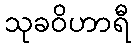
သုခဝိဟာရီ